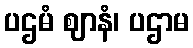
ပဌမံ ဈာနံ၊ ပဌာမ